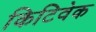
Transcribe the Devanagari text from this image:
किटिवेक